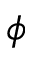
\phi